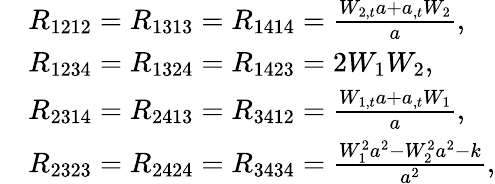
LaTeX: \begin{array}{r}{\begin{array}{rl}&{R_{1212}=R_{1313}=R_{1414}=\frac{W_{2,t}a+a_{,t}W_{2}}{a},}\\ &{R_{1234}=R_{1324}=R_{1423}=2W_{1}W_{2},}\\ &{R_{2314}=R_{2413}=R_{3412}=\frac{W_{1,t}a+a_{,t}W_{1}}{a},}\\ &{R_{2323}=R_{2424}=R_{3434}=\frac{W_{1}^{2}a^{2}-W_{2}^{2}a^{2}-k}{a^{2}},}\end{array}}\end{array}